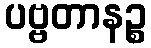
ပဗ္ဗတာနဉ္စ